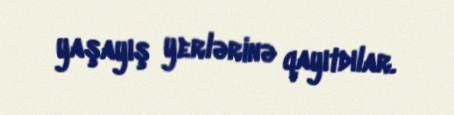
yaşayış yerlərinə qayıtdılar.